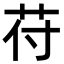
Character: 苻